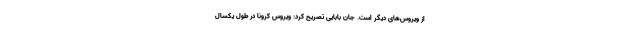
از ویروس‌های دیگر است. جان بابایی تصریح کرد: ویروس کرونا در طول یکسال